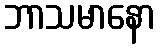
ဘာသမာနော